Vaccination returns of the Province of Eastern Bengal and Assam - 1905-1912
Year: 1905
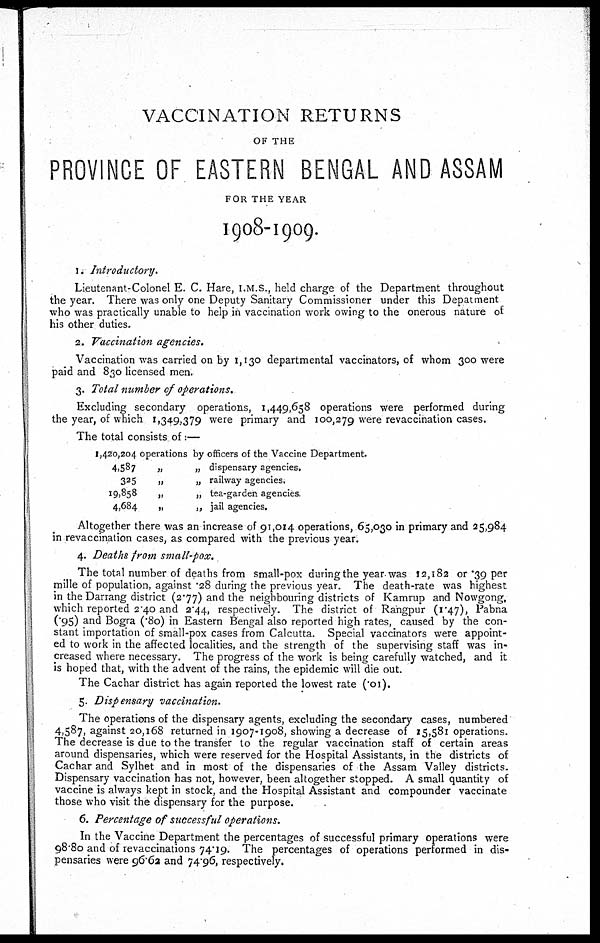
VACCINATION RETURNS
OF THE
PROVINCE OF EASTERN BENGAL AND ASSAM
FOR THE YEAR
1908-1909.
1. Introductory.
Lieutenant-Colonel E. C. Hare, I.M.S., held charge of the Department throughout
the year. There was only one Deputy Sanitary Commissioner under this Depatment
who was practically unable to help in vaccination work owing to the onerous nature of
his other duties.
2. Vaccination agencies.
Vaccination was carried on by 1,130 departmental vaccinators, of whom 300 were
paid and 830 licensed men.
3. Total number of operations.
Excluding secondary operations, 1,449,658 operations were performed during
the year, of which 1,349,379 were primary and 100,279 were revaccination cases.
The total consists of:—
1,420,204
4,587
325
19,858
4,684
operations by officers of the Vaccine Department.
„
„ dispensary agencies.
„
„ railway agencies.
„
„ tea-garden agencies.
„
„ jail agencies.
Altogether there was an increase of 91,014 operations, 65,030 in primary and 25,984
in revaccination cases, as compared with the previous year.
4. Deaths from small-pox.
The total number of deaths from small-pox during the year was 12,182 or .39 per
mille of population, against .28 during the previous year. The death-rate was highest
in the Darrang district (2.77) and the neighbouring districts of Kamrup and Nowgong,
which reported 2.40 and 2.44, respectively. The district of Rangpur (1.47), Pabna
(.95) and Bogra (.80) in Eastern Bengal also reported high rates, caused by the con-
stant importation of small-pox cases from Calcutta. Special vaccinators were appoint-
ed to work in the affected localities, and the strength of the supervising staff was in-
creased where necessary. The progress of the work is being carefully watched, and it
is hoped that, with the advent of the rains, the epidemic will die out.
The Cachar district has again reported the lowest rate (.01).
5. Dispensary vaccination.
The operations of the dispensary agents, excluding the secondary cases, numbered
4,587, against 20,168 returned in 1907-1908, showing a decrease of 15,581 operations.
The decrease is due to the transfer to the regular vaccination staff of certain areas
around dispensaries, which were reserved for the Hospital Assistants, in the districts of
Cachar and Sylhet and in most of the dispensaries of the Assam Valley districts.
Dispensary vaccination has not, however, been altogether stopped. A small quantity of
vaccine is always kept in stock, and the Hospital Assistant and compounder vaccinate
those who visit the dispensary for the purpose.
6. Percentage of successful operations.
In the Vaccine Department the percentages of successful primary operations were
98.80 and of revaccinations 74.19. The percentages of operations performed in dis-
pensaries were 96.62 and 74.96, respectively.